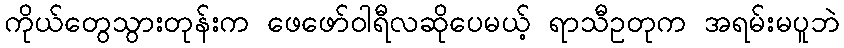
ကိုယ်တွေသွားတုန်းက ဖေဖော်ဝါရီလဆိုပေမယ့် ရာသီဥတုက အရမ်းမပူဘဲ